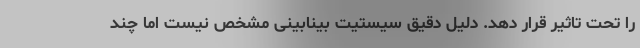
را تحت تاثیر قرار دهد. دلیل دقیق سیستیت بینابینی مشخص نیست اما چند